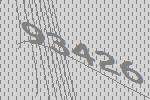
93426